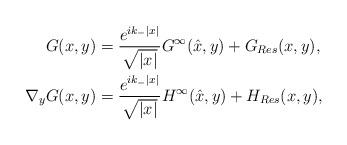
LaTeX: \begin{align*}G(x,y)&= \frac{e^{ik_{-}\vert x \vert}}{\sqrt{\vert x \vert}}G^{\infty}(\hat{x},y) + G_{Res}(x,y),\\\nabla_y G(x,y) &= \frac{e^{ik_{-}\vert x \vert}}{\sqrt{\vert x \vert}}H^{\infty}(\hat x,y ) + H_{Res}(x,y),\end{align*}